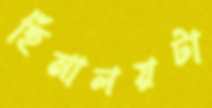
হিমালয়টা